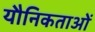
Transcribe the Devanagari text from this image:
यौनिकताओं